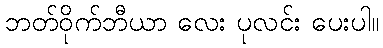
ဘတ်ဝိုက်ဘီယာ လေး ပုလင်း ပေးပါ။